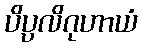
ပိပ္ပလိဂုဟာယံ